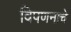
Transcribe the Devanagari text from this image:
विपणनाचे